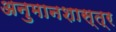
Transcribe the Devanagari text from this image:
अनुमानशास्त्र